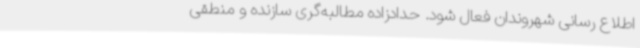
اطلاع رسانی شهروندان فعال شود. حدادزاده مطالبه‌گری سازنده و منطقی